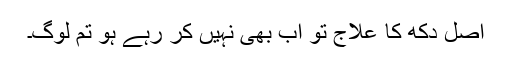
اصل دُکھ کا علاج تو اب بھی نہیں کر رہے ہو تم لوگ۔